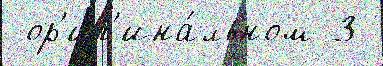
 ор'иг'ина́льном 3